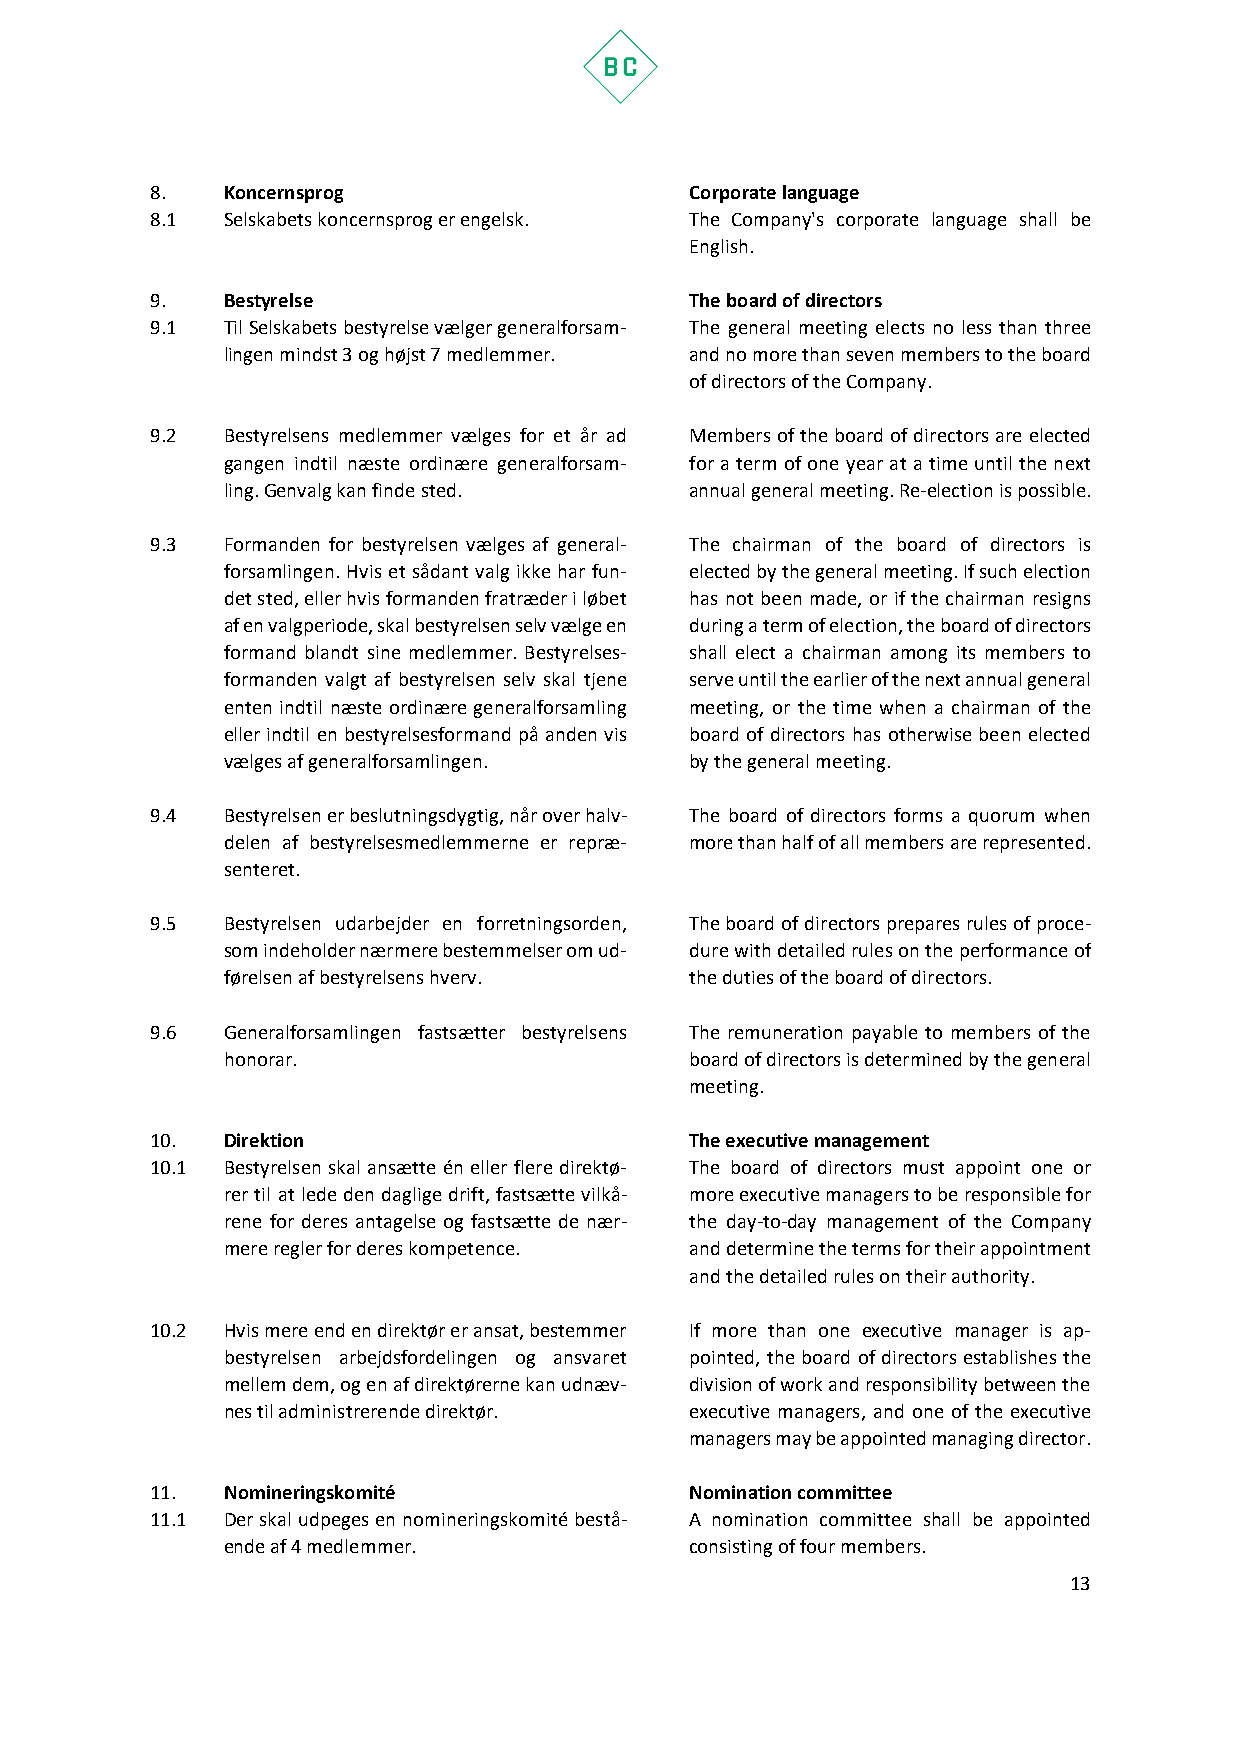
8.   Koncernsprog                   Corporate language
 8.1  Selskabets koncernsprog er engelsk. The Company's corporate language shall be
 English.
 9.   Bestyrelse                     The board of directors
 9.1  Til Selskabets bestyrelse vælger generalforsam- The general meeting elects no less than three
 lingen mindst 3 og højst 7 medlemmer. and no more than seven members to the board
 of directors of the Company.
 9.2  Bestyrelsens medlemmer vælges for et år ad Members of the board of directors are elected
 gangen indtil næste ordinære generalforsam- for a term of one year at a time until the next
 ling. Genvalg kan finde sted.  annual general meeting. Re-election is possible.
 9.3  Formanden for bestyrelsen vælges af general- The chairman of the board of directors is
 forsamlingen. Hvis et sådant valg ikke har fun- elected by the general meeting. If such election
 det sted, eller hvis formanden fratræder i løbet has not been made, or if the chairman resigns
 af en valgperiode, skal bestyrelsen selv vælge en during a term of election, the board of directors
 formand blandt sine medlemmer. Bestyrelses- shall elect a chairman among its members to
 formanden valgt af bestyrelsen selv skal tjene serve until the earlier of the next annual general
 enten indtil næste ordinære generalforsamling meeting, or the time when a chairman of the
 eller indtil en bestyrelsesformand på anden vis board of directors has otherwise been elected
 vælges af generalforsamlingen. by the general meeting.
 9.4  Bestyrelsen er beslutningsdygtig, når over halv- The board of directors forms a quorum when
 delen af bestyrelsesmedlemmerne er repræ- more than half of all members are represented.
 senteret.
 9.5  Bestyrelsen udarbejder en forretningsorden, The board of directors prepares rules of proce-
 som indeholder nærmere bestemmelser om ud- dure with detailed rules on the performance of
 førelsen af bestyrelsens hverv. the duties of the board of directors.
 9.6  Generalforsamlingen fastsætter bestyrelsens The remuneration payable to members of the
 honorar.                       board of directors is determined by the general
 meeting.
 10.  Direktion                      The executive management
 10.1 Bestyrelsen skal ansætte én eller flere direktø- The board of directors must appoint one or
 rer til at lede den daglige drift, fastsætte vilkå- more executive managers to be responsible for
 rene for deres antagelse og fastsætte de nær- the day-to-day management of the Company
 mere regler for deres kompetence. and determine the terms for their appointment
 and the detailed rules on their authority.
 10.2 Hvis mere end en direktør er ansat, bestemmer If more than one executive manager is ap-
 bestyrelsen arbejdsfordelingen og ansvaret pointed, the board of directors establishes the
 mellem dem, og en af direktørerne kan udnæv- division of work and responsibility between the
 nes til administrerende direktør. executive managers, and one of the executive
 managers may be appointed managing director.
 11.  Nomineringskomité              Nomination committee
 11.1 Der skal udpeges en nomineringskomité bestå- A nomination committee shall be appointed
 ende af 4 medlemmer.           consisting of four members.
 13